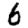
Digit: 6